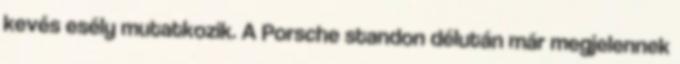
kevés esély mutatkozik. A Porsche standon délután már megjelennek